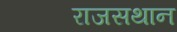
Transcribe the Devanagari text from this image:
राजसथान